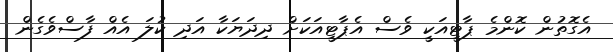
އެގޮތުން ކޮންމެ ޕާޓީއަކީ ވެސް އެޕާޓީއަކަށް ދިދަޔަކާ އަދި ކުލަ އެއް ފާސްވެގެން